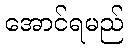
အောင်ရမည်